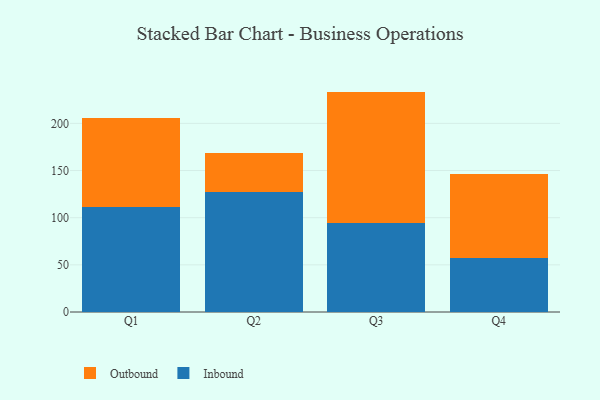
{"axis": {"x": "Quarter", "y": "Temperature (°C)"}, "legend": ["Inbound", "Outbound"], "data": [{"x": "Q1", "y": 110.9, "type": "Inbound"}, {"x": "Q1", "y": 94.6, "type": "Outbound"}, {"x": "Q2", "y": 127.6, "type": "Inbound"}, {"x": "Q2", "y": 41.3, "type": "Outbound"}, {"x": "Q3", "y": 94.0, "type": "Inbound"}, {"x": "Q3", "y": 139.7, "type": "Outbound"}, {"x": "Q4", "y": 57.2, "type": "Inbound"}, {"x": "Q4", "y": 88.7, "type": "Outbound"}]}